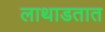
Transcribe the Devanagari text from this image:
लाथाडतात